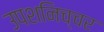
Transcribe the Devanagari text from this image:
उपशनिच्चर